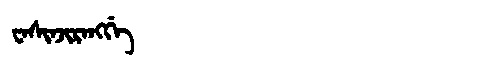
Manchu: ᠸᠠᠰᡳᠨᠵᡳᡵᠠᠩᡤᡝ
Romanization: WASINJIRANGGE